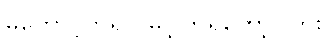
မတောင့်တရင် မင့်ကြရတော့ပါဘူး။